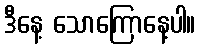
ဒီနေ့ သောကြောနေ့ပါ။